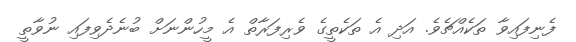
ފެނިފައިވާ ތަކެއްޗެވެ. އަދި އެ ތަކެތީގެ ވެރިފަރާތް އެ މީހުންނަށް ބުނެދެވިފައި ނުވާތީ